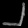
Digit: ၂